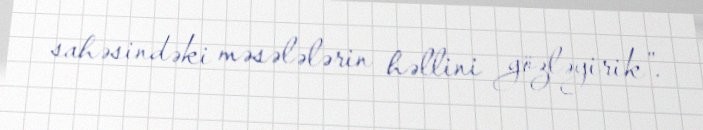
sahəsindəki məsələlərin həllini gözləyirik”.